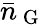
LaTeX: \bar{n}_{\mathrm{~G~}}